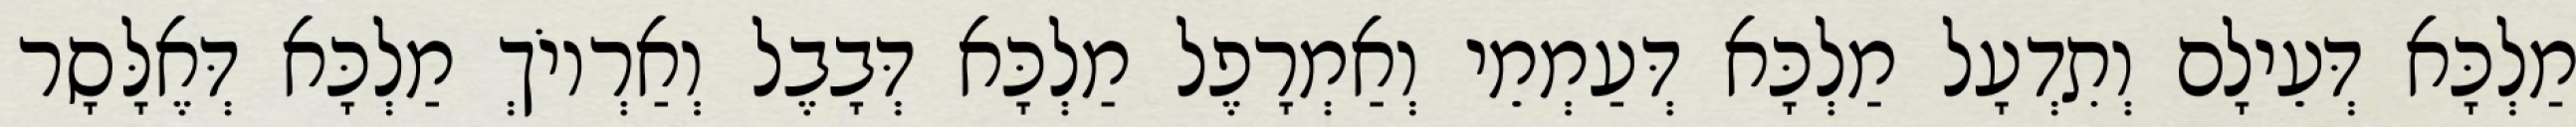
מַלְכָּא דְּעֵילָם וְתִדְעָל מַלְכָּא דְּעַמְמֵי וְאַמְרָפֶל מַלְכָּא דְּבָבֶל וְאַרְיוֹךְ מַלְכָּא דְּאֶלָּסָר